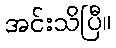
အင်းသိပြီ။